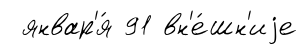
январ'я́ 91 вн'е́шн'иjе